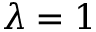
\lambda = 1